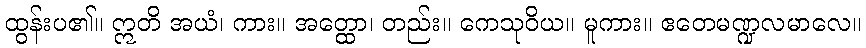
ထွန်းပ၏။ ဣတိ အယံ၊ ကား။ အတ္ထော၊ တည်း။ ကေသုဝိယ။ မူကား။ ဧတေမဏ္ဍလမာလေ။